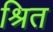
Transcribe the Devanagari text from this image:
श्रित